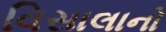
વિસાલાનો